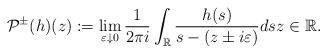
LaTeX: \begin{align*}\mathcal{P}^{\pm}(h)(z):=\lim _{\varepsilon \downarrow 0} \frac{1}{2 \pi i} \int_{\mathbb{R}} \frac{h(s)}{s-(z \pm i\varepsilon)} d s z \in\mathbb{R}.\end{align*}